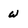
Character: w